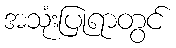
အသုံးပြုရာတွင်